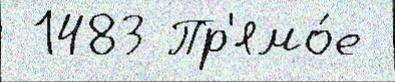
 1483 Пр'ямо́е